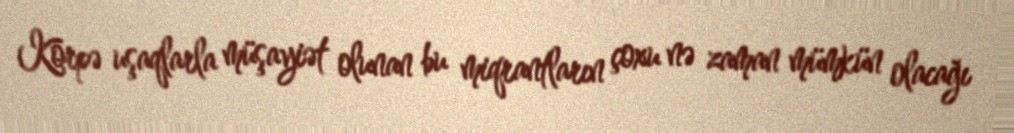
Körpə uşaqlarla müşayiət olunan bu miqrantların çoxu nə zaman mümkün olacağı